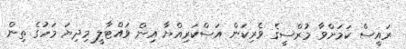
ރައީސް ކަމަށްވާ މުރްސީގެ ވެރިކަން އަސްކަރިއްޔާ އިން ވައްޓާލީ މިދިޔަ މަހުގެ ތިން